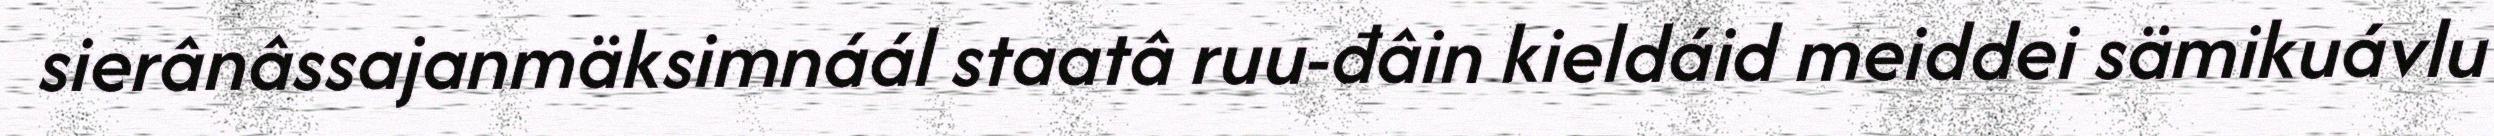
sierânâssajanmäksimnáál staatâ ruu-đâin kieldáid meiddei sämikuávlu